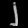
Digit: ၂